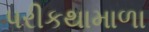
પરીકથામાળા